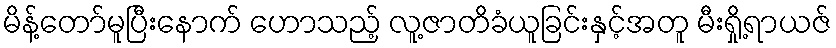
မိန့်တော်မူပြီးနောက် ဟောသည့် လူ့ဇာတိခံယူခြင်းနှင့်အတူ မီးရှို့ရာယဇ်